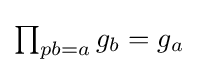
{\textstyle \prod _{pb=a}g_{b}=g_{a}}